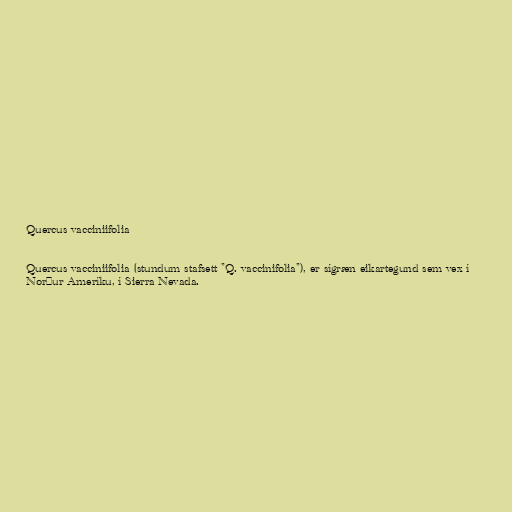
Quercus vacciniifolia

Quercus vacciniifolia (stundum stafsett "Q. vaccinifolia"), er sígræn eikartegund sem vex í
Norður Ameríku, í Sierra Nevada.